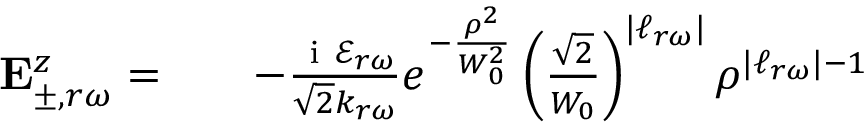
\begin{array} { r l r } { \mathbf { E } _ { \pm , r \omega } ^ { z } = } & { { } } & { - \frac { \mathrm { ~ i ~ } \mathcal { E } _ { r \omega } } { \sqrt { 2 } k _ { r \omega } } e ^ { - \frac { \rho ^ { 2 } } { W _ { 0 } ^ { 2 } } } \left( \frac { \sqrt { 2 } } { W _ { 0 } } \right) ^ { | \ell _ { r \omega } | } \rho ^ { | \ell _ { r \omega } | - 1 } } \end{array}